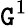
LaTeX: \mathtt{G}^{1}